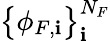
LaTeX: \big\{ \phi_{F,\mathbf{i}}\big\} _{\mathbf{i}}^{N_{F}}